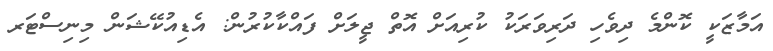
އަމާޒަކީ ކޮންމެ ދިވެހި ދަރިވަރަކު ކުރިއަށް އޮތް ޖީލަށް ފައްކާކުރުން: އެޑިއުކޭޝަން މިނިސްޓަރ